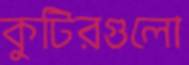
কুটিরগুলো